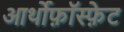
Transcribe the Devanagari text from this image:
आर्थोफ़ॉस्फ़ेट